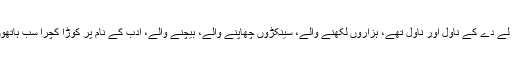
تفریح کا ذریعہ بس لے دے کے ناول اور ناول تھے، ہزاروں لکھنے والے، سینکڑوں چھاپنے والے، بیچنے والے، ادب کے نام پر کوڑا کچرا سب ہاتھوں ہاتھ بک جاتا تھا۔